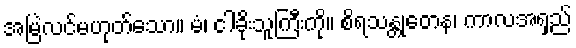
အမြဲလင်မဟုတ်သော။ မံ၊ ငါခိုးသူကြီးကို။ စိရသန္တုတေန၊ ကာလအရှည်